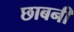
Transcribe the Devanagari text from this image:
छाबनी